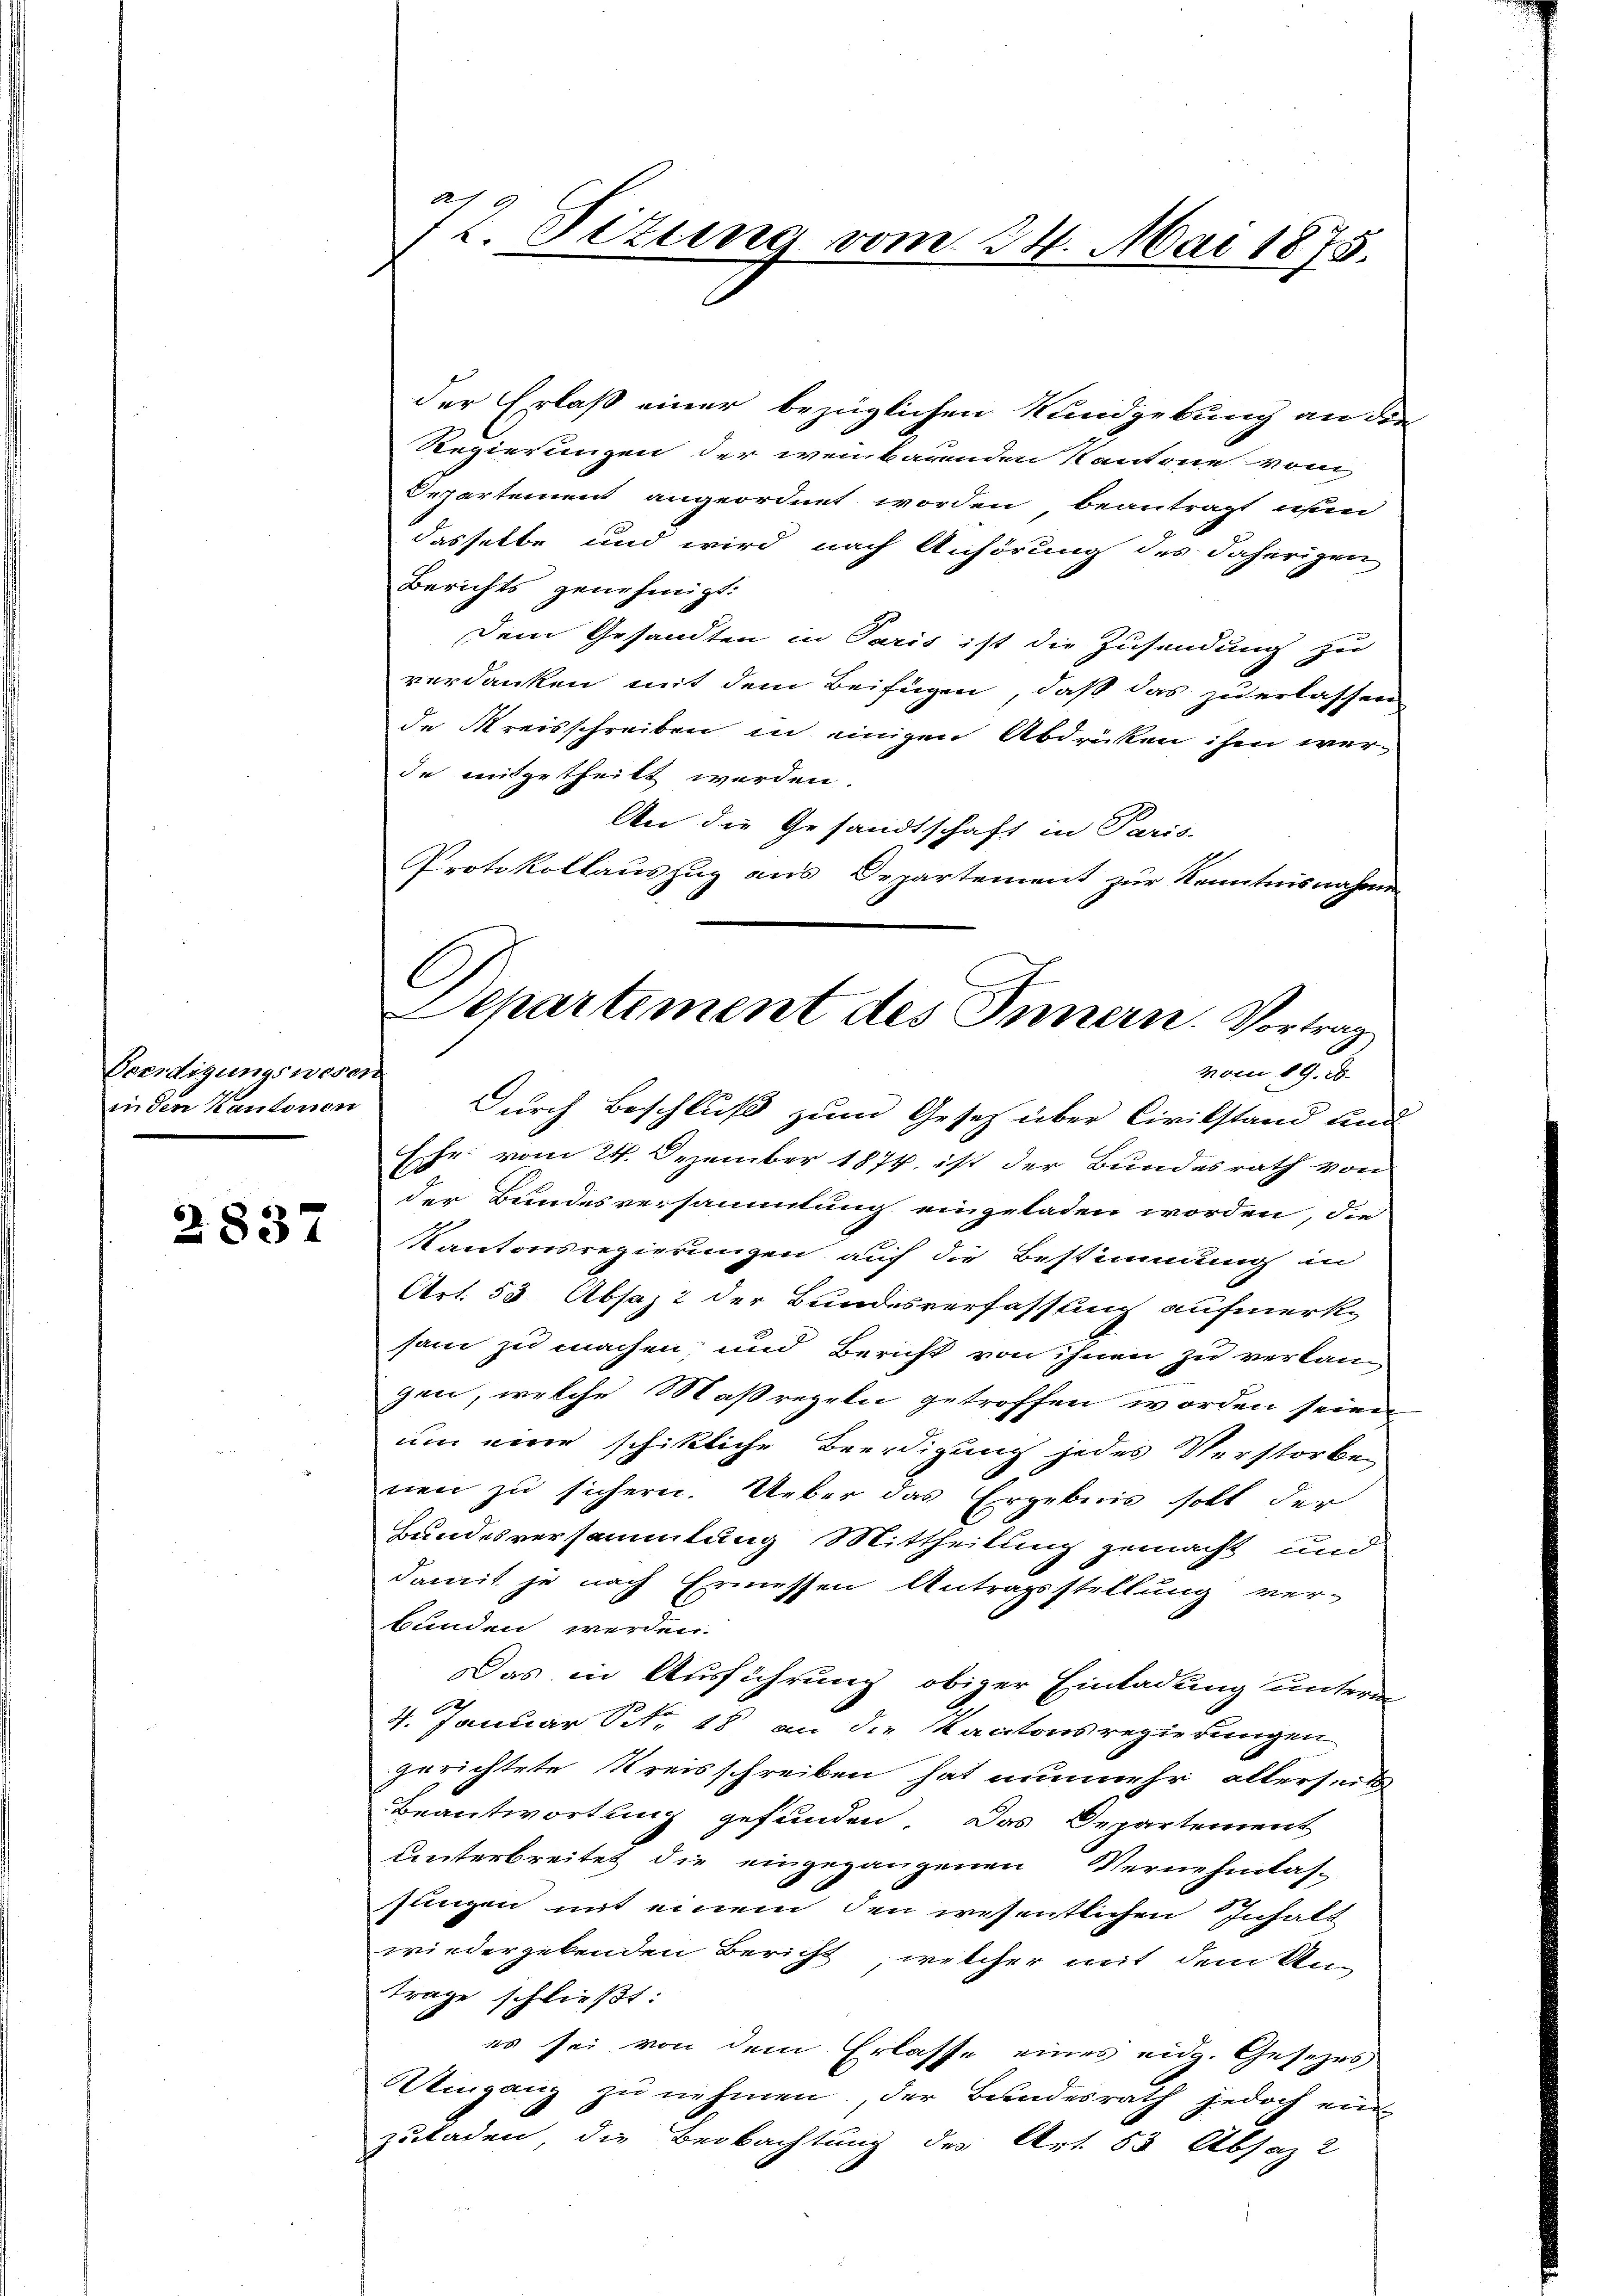
Beerdigungswesen
in den Kantonen

2837

22
72 Sizung vom 24. Mai 1875.

der Erlaß einer bezüglichen Kundgebung an die
Regierungen der wenbauenden Kantone vom
Departement angeordnet worden beantragt den
dasselbe und wird nach Anhörung des daherigen
Berichts genehmigt:
Dem Gesandten in Paris ist die Zusendung zu
verdanken mit dem Beifügen, daß das zu erlassen
de Kreisschreiben in einigen Abdrücken ihm werde mitgetheilt werden.
An die Gesandtschaft in Paris
Protokollauszug aus Departement zur Kenntnisnahmen

Dchartement des Innern. Vortrag
vom 19. 26.
Durch Beschluß zum Gesetz über Civilstand und
Ehr vom 24. Dezember 1874 ist der Bundesrath von

der Bundesversammlung eingeladen worden, die
Kantonsregierungen auf die Bestimmung in
Art. 53 Absaz der Bundesverfassung aufmerk-
sam zu machen und Bericht von ihnen zu verlan-
gen, welche Maßregeln getroffen worden seien
um eine schikliche Beerdigung jedes Verstorben
nen zu sichern. Ueber das Ergebnis soll der
Bundesversammlung Mittheilung gemacht und
damit je nach Ermessen Antragsstellung ver-
bunden werden.
Das in Ausführung obiger Einladung unterm
4. Januar Nr. 18 an die Kantonsregierungen
gerichtete Kreisschreiben hat nunmehr allerseits
Beantwortung gefunden. Das Departement
unterbreitet die eingegangenen Vernehmlas-
Jungen mit einem den wesentlichen Inhalt
wiedergebenden Bericht, welcher mit dem Un-
trage schließt:
es sei von dem Erlasse eines eidg. Gesezes
Utingang zu nehmen. Der Bundesrath jedoch ein
zuladen, die Beobachtung des Art. 53 Absaz 2